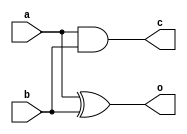
module HalfAdder(input a,input b,output o,output c);

    assign o = a^b;
    assign c = a&b;

endmodule

module FullAdder(input a, input b, input c, output sum, output cout);

    assign sum = a^b^c;
    assign cout = a&b|b&c|a&c;

endmodule

module Compressor(input a,input b,input c, input d, input cin, output o,output c1,output cout);
    
    wire tmp;
    FullAdder F1 (a,b,c,tmp,cout);
    FullAdder F2 (tmp,d,cin,o,c1);

endmodule